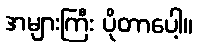
အများကြီး ပိုတာပေါ့။